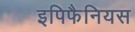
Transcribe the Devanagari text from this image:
इपिफैनियस